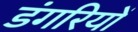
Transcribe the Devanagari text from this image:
डंगरियों